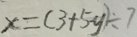
x = ( 3 + 5 y ) \div 7